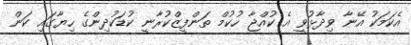
އެކަމަކު އޭނާ ވިދާޅުވީ އެ ކުއްޖާ ހުކުމް ތަންފީޒްކުރާނީ ކުޑަކުދިންގެ ހިޔާގައި ކަން